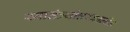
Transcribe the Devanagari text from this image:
स्वातंत्र्योत्तरकालीन